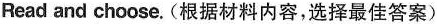
Read and choose.(根据材料内容,选择最佳答案)